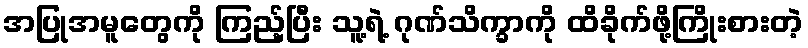
အပြုအမူတွေကို ကြည့်ပြီး သူ့ရဲ့ ဂုဏ်သိက္ခာကို ထိခိုက်ဖို့ကြိုးစားတဲ့